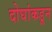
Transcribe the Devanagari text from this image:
दोघांकडून